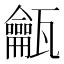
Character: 𱰓